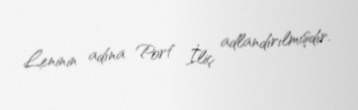
Leninin adına Port İliç adlandırılmışdır.